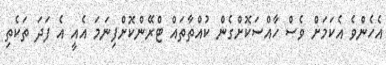
އެހެންވެ އެކަމަށް ވެސް ހާއްސަކޮށްގެން ކުއްތާތައް ޓްރޭންކޮށްފިނަމަ އެއީ އެ ފަދަ ތަކެތި